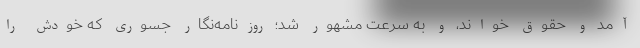
آمد و حقوق خواند، و به سرعت مشهور شد؛ روزنامه‌نگار جسوری که خودش را